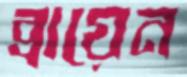
ব্রায়েন